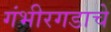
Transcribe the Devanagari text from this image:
गंभीरगडाचे